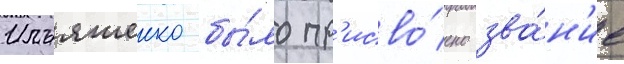
Ильяшенко бы́ло пр'исво́ено зва́н'ие